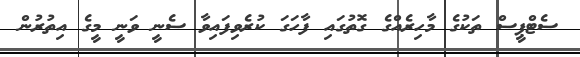
ސެޓްޕީސް ތަކުގެ މާހިރެއްގެ ގޮތުގައި ފާހަގަ ކުރެވިފައިވާ ސެނީ ވަނީ މީގެ އިތުރުން